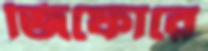
জিফোরে